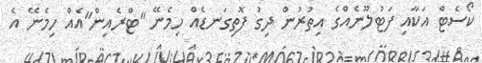
ކޯސެޓް އަކާއި ފަޓުލޫނެއްގެ އިތުރުން ދިގު ފޮތިގަނޑެއް ހިމެނޭ "ޓްރެއިން"އެއް ހިމެނޭ އެ